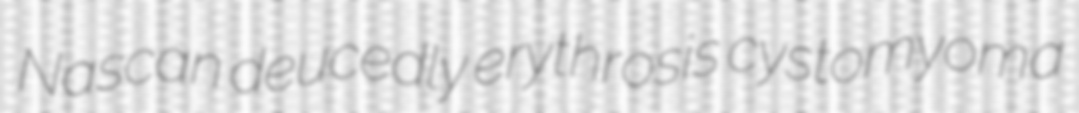
Nascan deucedly erythrosis cystomyoma